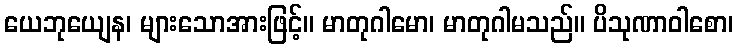
ယေဘုယျေန၊ များသောအားဖြင့်။ မာတုဂါမော၊ မာတုဂါမသည်။ ပိသုဏာဝါစော၊